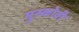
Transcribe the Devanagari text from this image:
मुस्कोवी